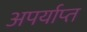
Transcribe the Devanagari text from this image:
अपर्याप्‍त